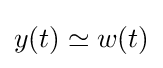
y(t)\simeq w(t)